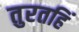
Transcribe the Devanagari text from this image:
तुरतहिं